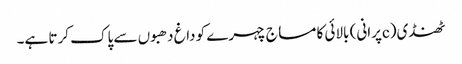
ٹھنڈی(cپرانی) بالائی کا مساج چہرے کو داغ دھبوں سے پاک کرتا ہے۔